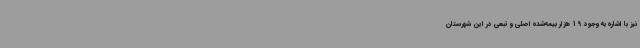
نیز با اشاره به وجود 19 هزار بیمه‌شده اصلی و تبعی در این شهرستان